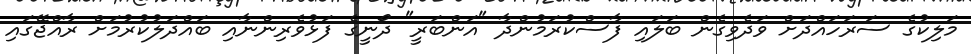
މަލިކުގެ ސަރަހައްްދަށް ވަދެވިގެން ބަލައި ފާސްކުރަމުންދާ "އަންބަރީ" ދޯނީގެ ފަޅުވެރިންނާއި ބައްދަލުކުރުމަށް ރާއްޖޭގައި